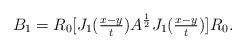
LaTeX: \begin{align*} B_1=R_0[J_1(\tfrac{x-y}{t})A^{\frac12}J_1(\tfrac{x-y}{t})]R_0. \end{align*}